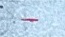
-